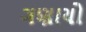
ગણાયો